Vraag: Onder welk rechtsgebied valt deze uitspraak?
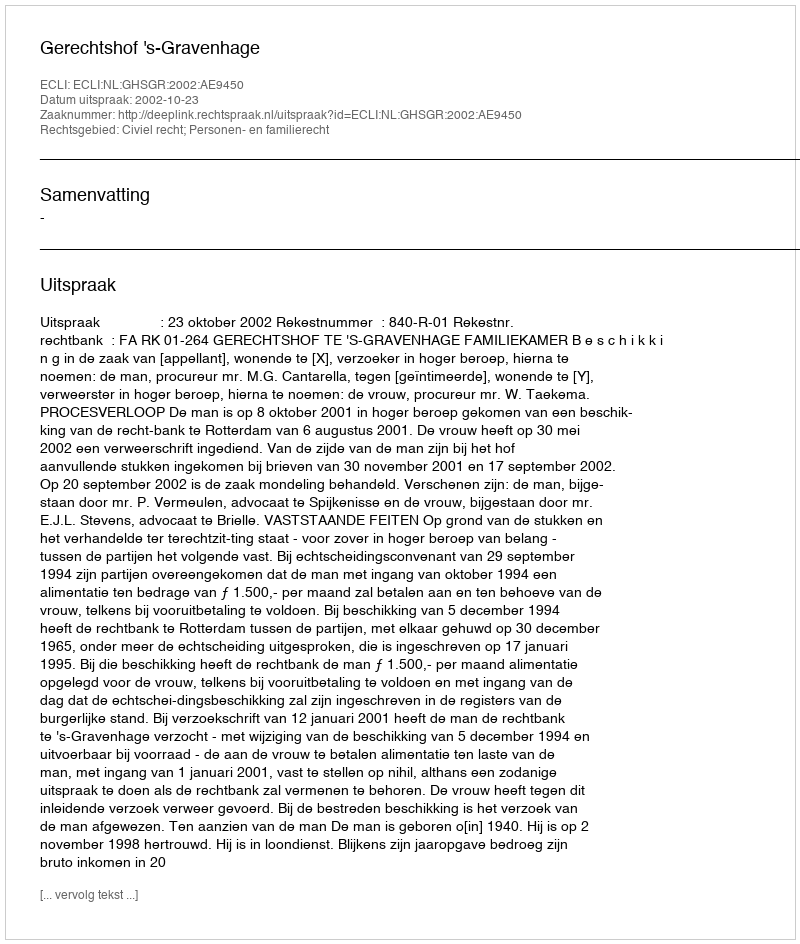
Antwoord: Civiel recht; Personen- en familierecht